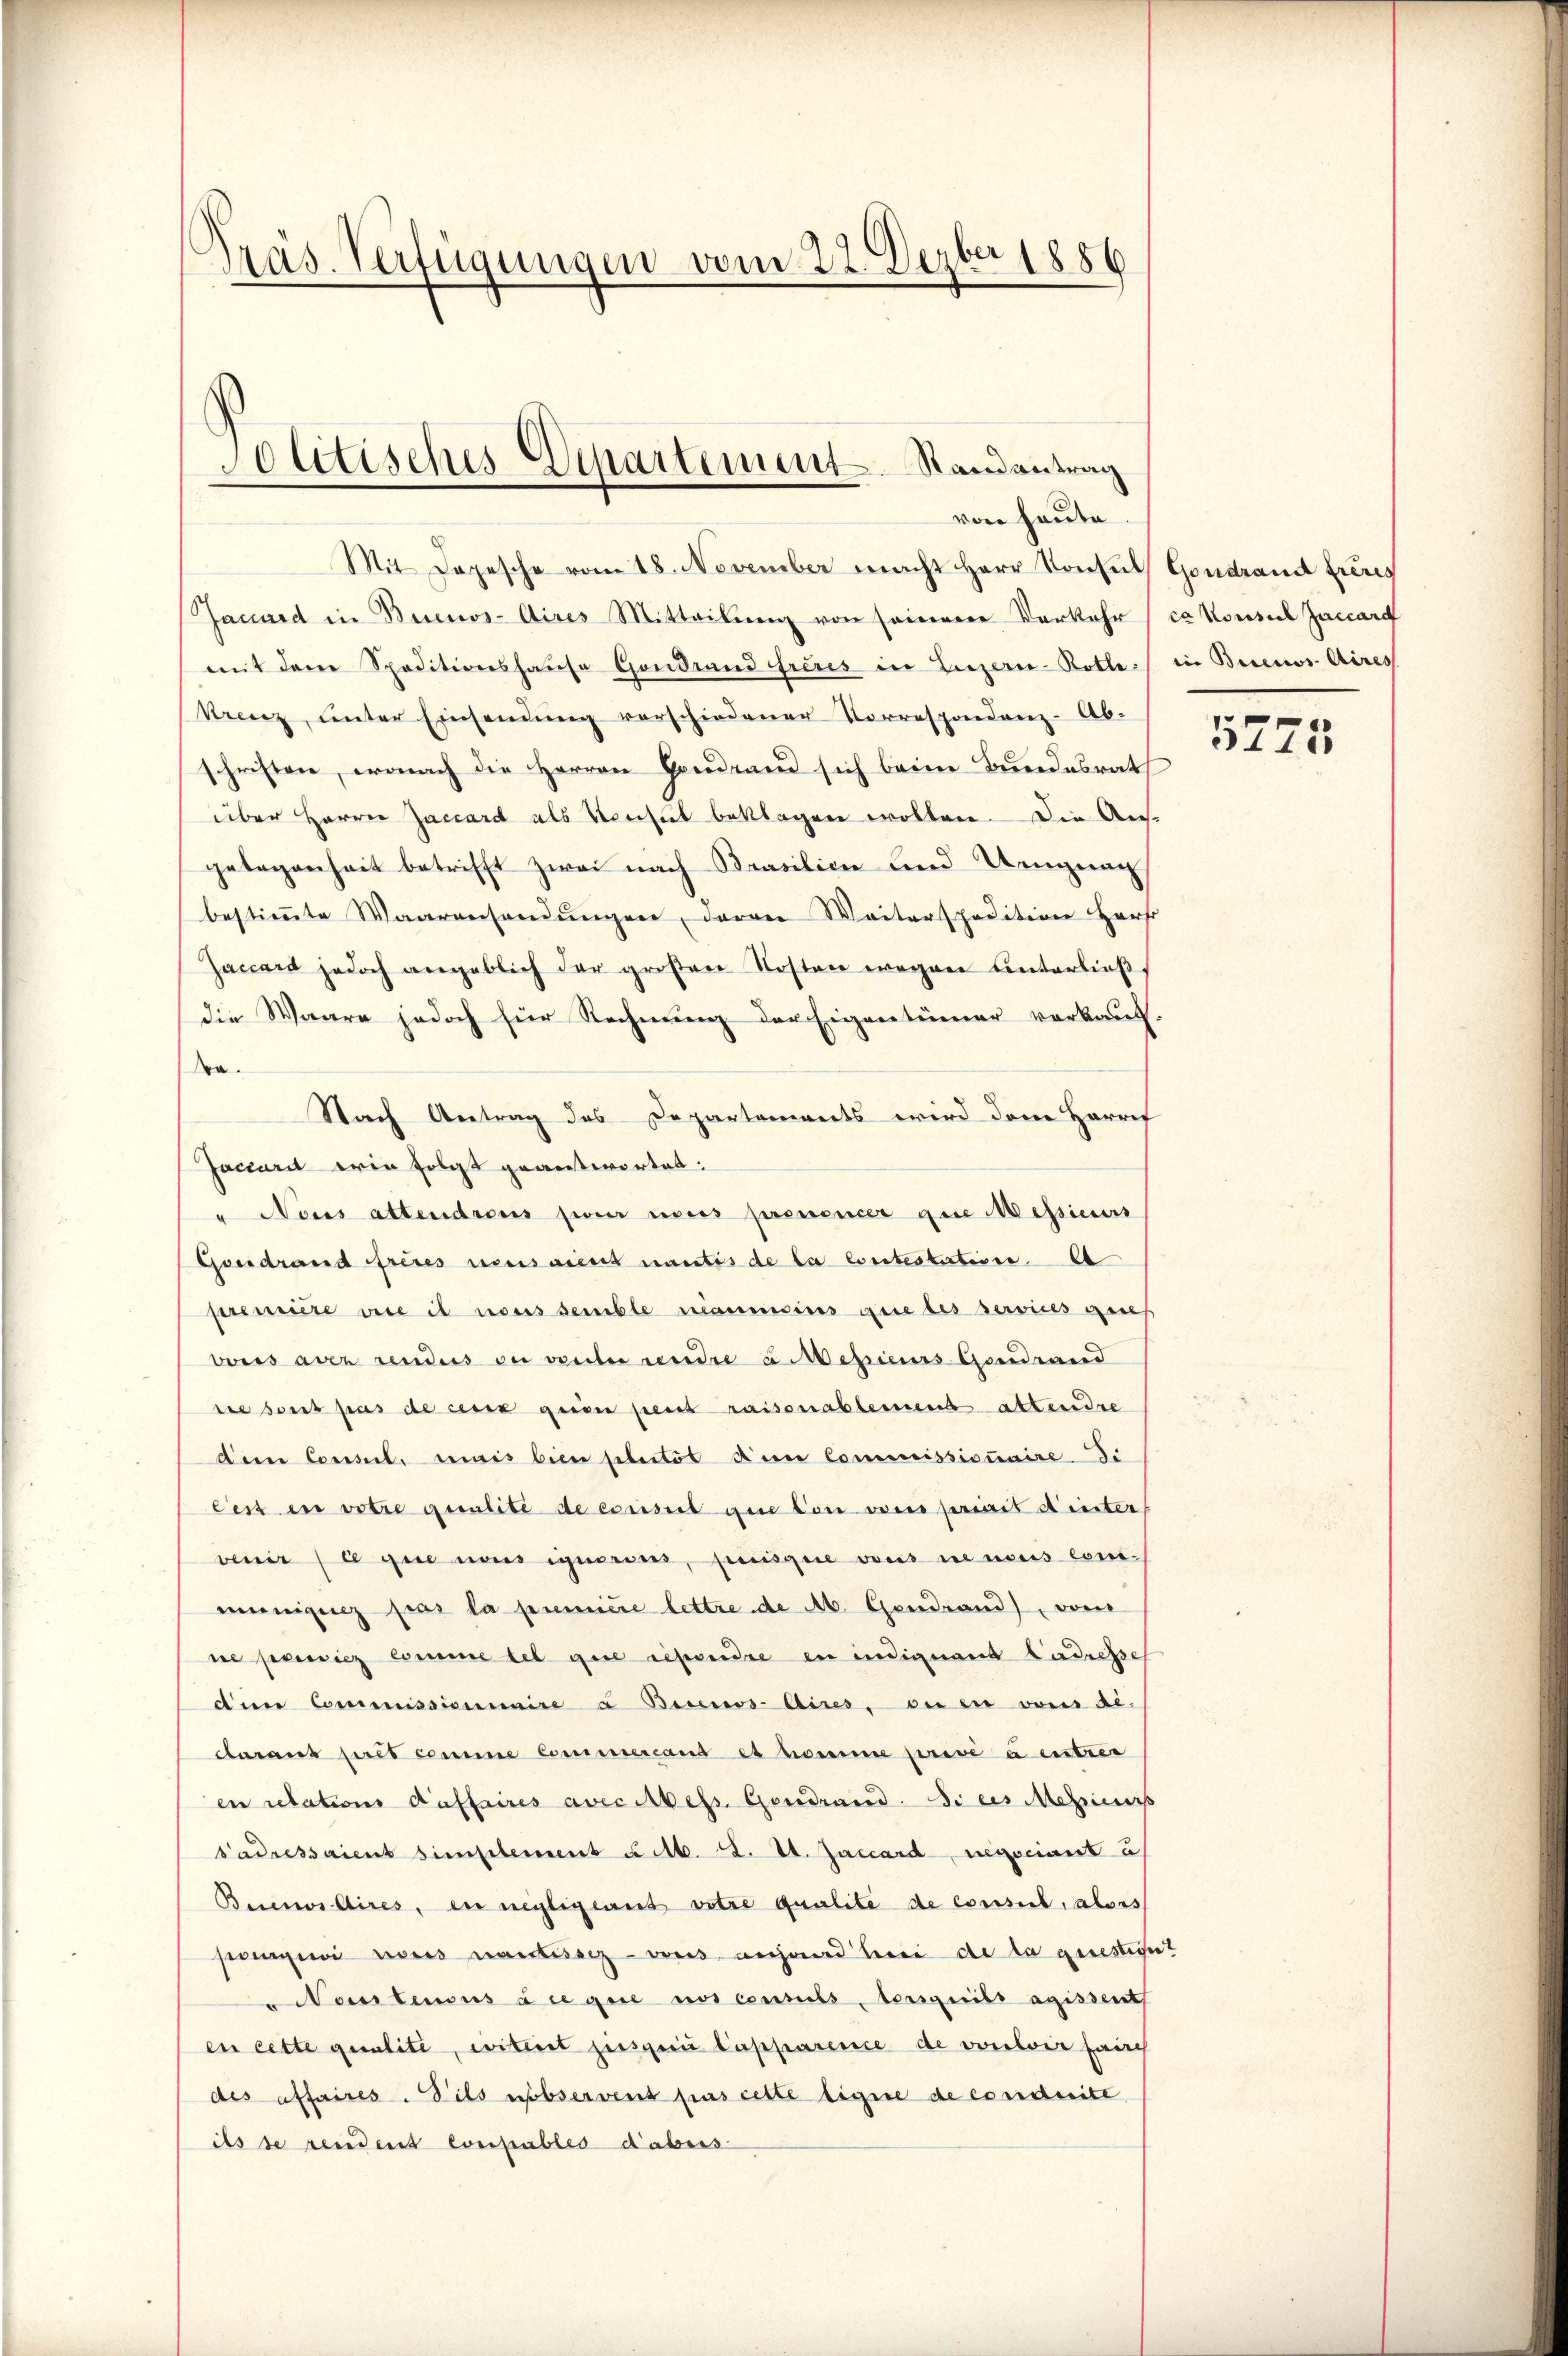
Präs. Verfügungen vom 22. Dezbr 1886

Solitisches Departement. Randantrag
von heute.

Mit Depesche vom 18. November macht Herr Konsuls Gondrand frères
Jacard in Buenos-Aires Mitteilŭng von seinerere Verkehr (ca Konsul Jaccard
mit dem Speditionshause Gondrand freus in Liegern-Rotte) in Buenos Aires
Krenz, unter Einsendung verschiedener Korrespondenz-Ab-
schriften, wonach die Herren Gaudrand sich beim Bundesrath
über Herrn Jaccard als Konsul beklagen wollen. Die Aus-
gelegenheit betrifft zwei nach Brasilien und Ungeach
bestiṁte Waarenhandŭngen, deren Weiterspedition Herr
Jaccart jedoch angeblich der groβen Kosten wegen Unterlieβ
die Waare jedoch für Rechnung der Eigentümer verkauf-
Ba.
Nach Antrag des Departements wird dem Harrif
Jaciarit ein folgt geantwortet:
" Nous attendrons sie nous prenoncer que Messieurs
Goerdrand freies neus aient mantis de la contestation. A
première vice il nous semble néanmoins que des services geseh
vonis aber rendes ou verler rendre u. Messieurs Gondrand
sie sont pas de cesse geien peut raisenablement attendre
dem Consul, mais bien plector den Commissionaire di
Cest in votre qualité de escisit que ton vons primit d’inter
venir legen aus ignoren, puisque vons in nous con-
müniques par la première lettre de Ab. Gendrand, vom
ne penitz comme tel gene rependre in indignand adresse
dem Commissionnaire à Bennos Aires, die in von de-
daraus piret comme Commercand es homine privé à entrer
en relations daffaires avec dess. Gerdrand. Si ces Mehrers
Sadressaient simplement u. A. Ad. St. Jaccard negociant u
Buenos Aires, in negligeret votre qualite de consul, alors
sgewies antisseg-vous anhard bei de la gerestitut
Nantenaus die gere nos consulstersgeeils agissent
en cette qualité, citirt hiesgerie Lapparence de vorlvir sach
des affaires-Bils observent pas cette ligene de conduite
ils de rendent coupables dabeis

5723